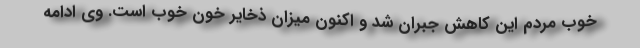
خوب مردم این کاهش جبران شد و اکنون میزان ذخایر خون خوب است. وی ادامه